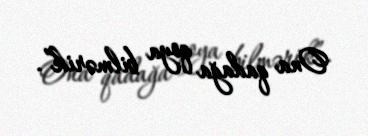
Ona qadağa qoya bilmərik”.